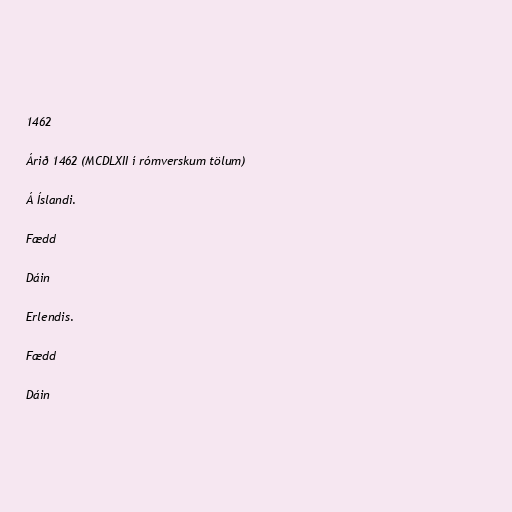
1462

Árið 1462 (MCDLXII í rómverskum tölum)

Á Íslandi.

Fædd

Dáin

Erlendis.

Fædd

Dáin